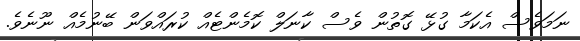
ނަމަވެސް އެކަމާ ގުޅޭ ގޮތުން ވެސް ކާނަލް ކޮމެންޓެއް ކުރައްވަން ބޭނުމެއް ނޫނެވެ.